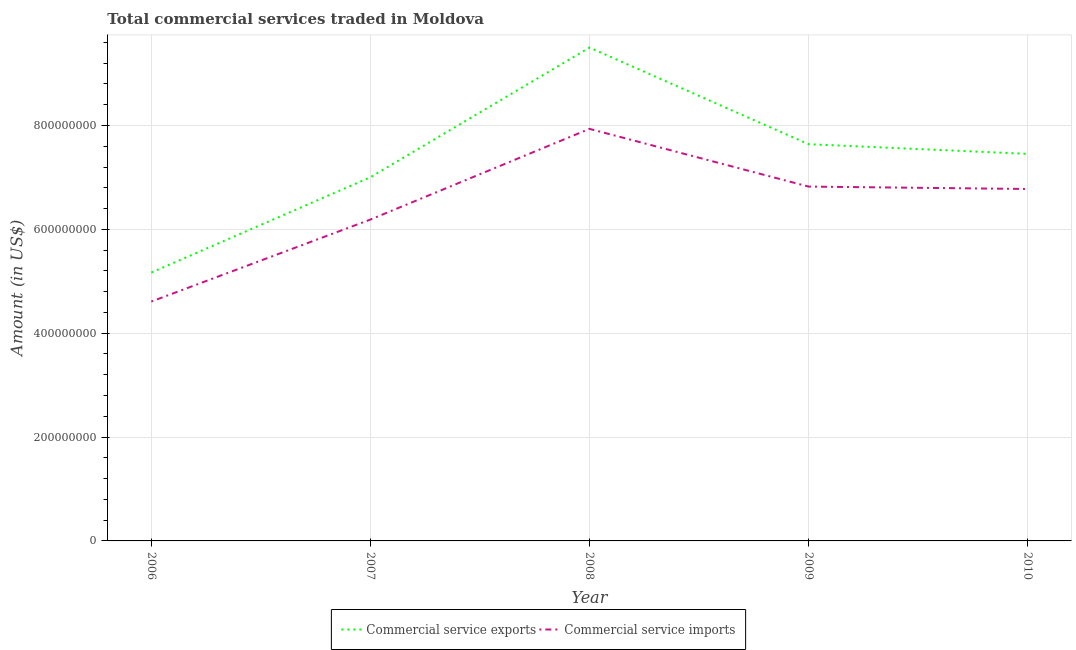
| Year | Commercial service exports | Commercial service imports |
 | --- | --- | --- |
 | 2006 | 5.17e+08 | 4.61e+08 |
 | 2007 | 7e+08 | 6.19e+08 |
 | 2008 | 9.5e+08 | 7.94e+08 |
 | 2009 | 7.64e+08 | 6.82e+08 |
 | 2010 | 7.45e+08 | 6.78e+08 |